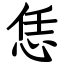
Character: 恁